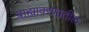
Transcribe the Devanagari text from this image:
बाह्यावरणातील